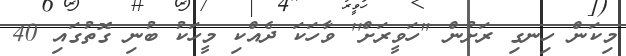
މިކަން ހިނގި ރަށުން "ހަވީރަށް'' ވާހަކަ ދެއްކި މީހަކު ބުނި ގޮތުގައި 40